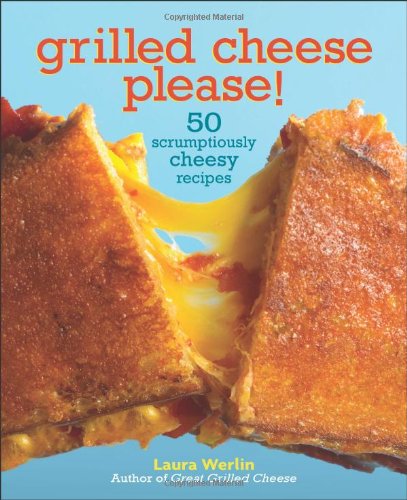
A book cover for Grilled Cheese Please!: 50 Scrumptiously Cheesy Recipes; Laura Werlin; Cookbooks, Food & Wine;